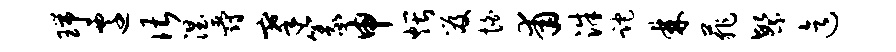
瑞迁谌涅爵搴篆申煨笈怕甫洙跎棘菲繁迄